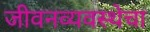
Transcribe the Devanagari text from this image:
जीवनव्यवस्थेचा